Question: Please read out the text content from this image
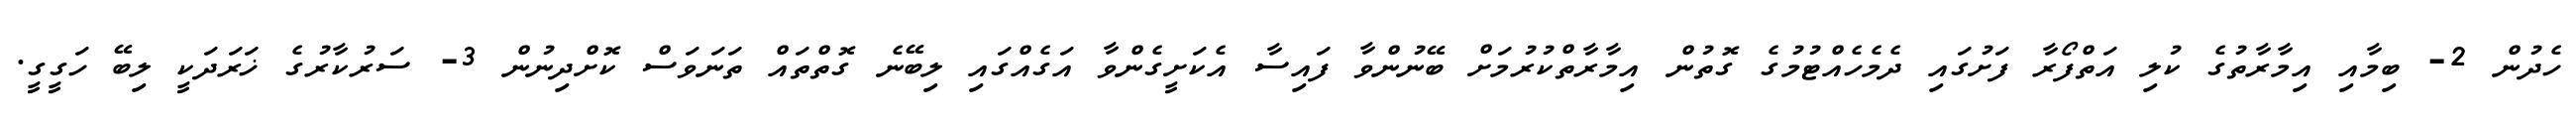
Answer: ހެދުން 2- ބިމާއި އިމާރާތުގެ ކުލި އަތްފޯރާ ފަށުގައި ދެމެހެއްޓުމުގެ ގޮތުން އިމާރާތްކުރުމަށް ބޭނުންވާ ފައިސާ އެކަށީގެންވާ އަގެއްގައި ލިބޭނެ ގޮތްތައް ތަނަވަސް ކޮށްދިނުން 3- ސަރުކާރުގެ ޚަރަދަކީ ލިބޭ ހަގީގީ.